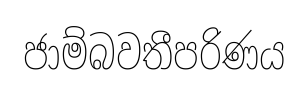
ජාම්බවතීපරිණය